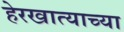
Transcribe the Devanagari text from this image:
हेरखात्याच्या